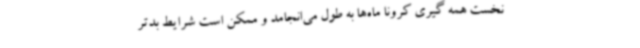
نخست همه گیری کرونا ماه‌ها به طول می‌انجامد و ممکن است شرایط بدتر